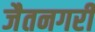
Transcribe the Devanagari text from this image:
जैतनगरी